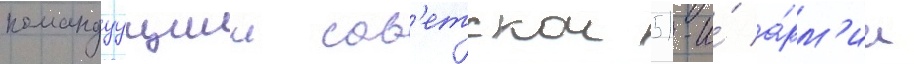
командуущии сов'етскои 51-и́ а́рм'ии